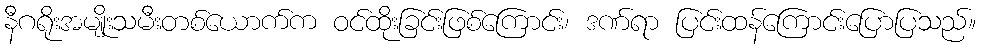
နီဂရိုးအမျိုးသမီးတစ်ယောက်က ဝင်ထိုးခြင်းဖြစ်ကြောင်း၊ ဒဏ်ရာ ပြင်းထန်ကြောင်းပြောပြသည်။